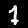
Label: 1